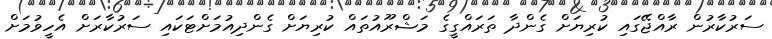
ސަރުކާރުން ރާއްޖޭގައި ކުރިޔަށް ގެންދާ ތަރައްގީގެ މަޝްރޫއުތައް ކުރިޔަށް ގެންދިއުމަށްޓަކައި ސަރުކާރަށް އެހީވުމަށް